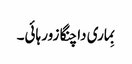
بِماری دا چنگا زور ہائی۔